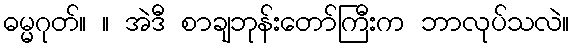
ဓမ္မဂုတ်။ ။ အဲဒီ စာချဘုန်းတော်ကြီးက ဘာလုပ်သလဲ။